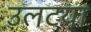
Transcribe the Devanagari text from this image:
उलटया